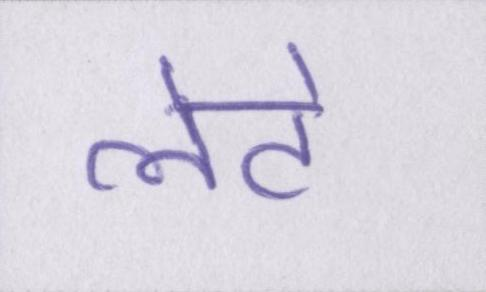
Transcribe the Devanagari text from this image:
लेटे